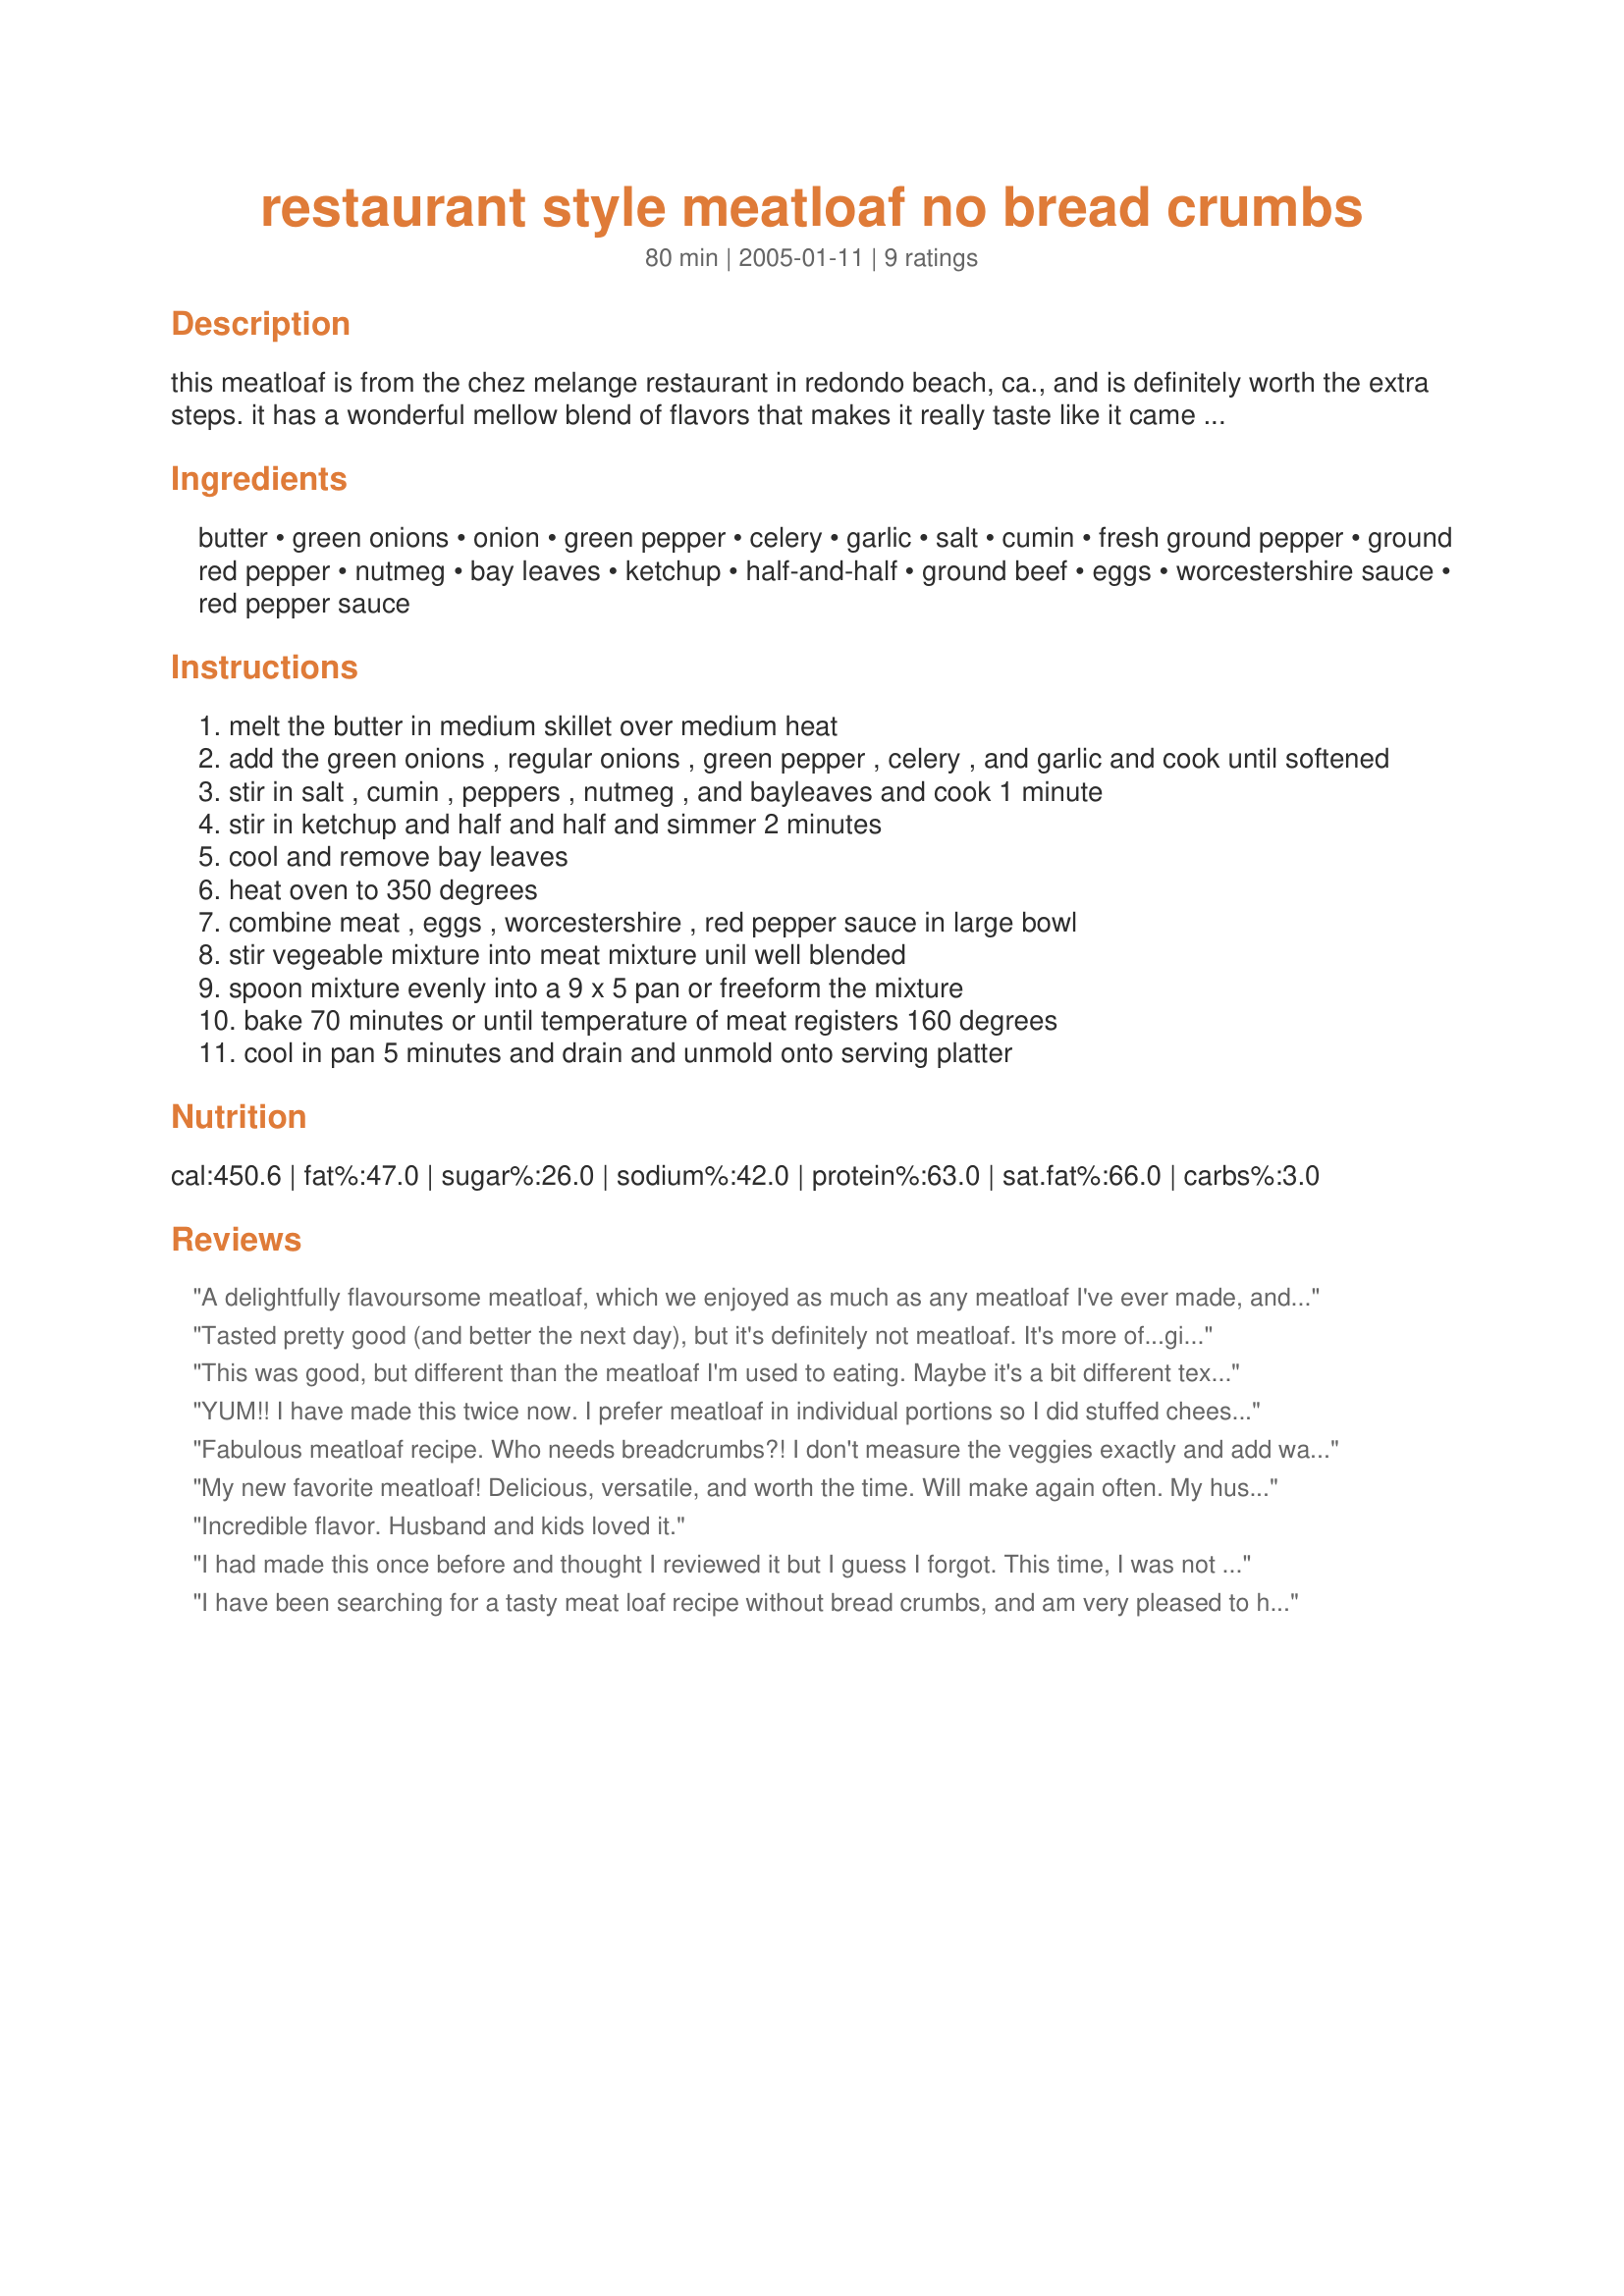
restaurant style meatloaf no bread crumbs
Preparation time: 80 minutes

this meatloaf is from the chez melange restaurant in redondo beach, ca., and is definitely worth the extra steps. it has a wonderful mellow blend of flavors that makes it really taste like it came from a restaurant. it's unusual in that in doesn't use bread crumbs as a filler and this was done for the texture, years before the "low carb craze." i've frozen it both cooked and uncooked, and texture does not suffer.

Ingredients:
butter, green onions, onion, green pepper, celery, garlic, salt, cumin, fresh ground pepper, ground red pepper, nutmeg, bay leaves, ketchup, half-and-half, ground beef, eggs, worcestershire sauce, red pepper sauce

Steps:
melt the butter in medium skillet over medium heat
add the green onions , regular onions , green pepper , celery , and garlic and cook until softened
stir in salt , cumin , peppers , nutmeg , and bayleaves and cook 1 minute
stir in ketchup and half and half and simmer 2 minutes
cool and remove bay leaves
heat oven to 350 degrees
combine meat , eggs , worcestershire , red pepper sauce in large bowl
stir vegeable mixture into meat mixture unil well blended
spoon mixture evenly into a 9 x 5 pan or freeform the mixture
bake 70 minutes or until temperature of meat registers 160 degrees
cool in pan 5 minutes and drain and unmold onto serving platter

Reviews:
A delightfully flavoursome meatloaf, which we enjoyed as much as any meatloaf I've ever made, and I've tried lots of different recipes! As Roxygirl promises, this meatloaf has a wonderful blend of flavours. I'm increasingly finding myself adding cumin to all sorts of recipes (including meatloaves and meatballs) and was happy to see its inclusion here. I used a pork/veal mix. The only changes I made were to use sweet red peppers instead of the green peppers, to omit the red pepper and red pepper sauce (personal taste preference), and to add 4 cloves of minced garlic (I minced the onion as well) and one finely chopped leek. It was on hand and I thought 'why not have 3 different onion flavours?' Next time I make this, I shall be doubling the recipe so there's lots for the freezer. Great recipe, Roxygirl! Thanks for sharing it!

Tasted pretty good (and better the next day), but it's definitely not meatloaf. It's more of...giant hamburger in a loaf pan. Without any kind of grain to hold it together, it crumbles like a giant hamburger. Also, no glaze? What's up with that?
This was good, but different than the meatloaf I'm used to eating. Maybe it's a bit different texture than my normal recipe. I probably will make it again because we did enjoy the flavor!!
YUM!! I have made this twice now. I prefer meatloaf in individual portions so I did stuffed cheese the first time and in peppers the second (photo pending approval). It is definitely my favorite go-to meatloaf recipe now.
Fabulous meatloaf recipe. Who needs breadcrumbs?! I don't measure the veggies exactly and add way more than called for. We can all use more veggies, right?! I also make sure there's lots of garlic and I don't use any ketchup. I use a little more half n half to compensate. I've done free form and have used loaf pans with similar results. The free form lets you cut off some of the extra fat, though, I wouldn't use anything less than 85/15 to ensure good flavor. This meatloaf will be more brittle than meatloaf with breadcrumbs, but it is so worth it. Just cut it carefully and serve with your favorite barbecue sauce. Delicious the day cooked and as leftovers.
My new favorite meatloaf! Delicious, versatile, and worth the time. Will make again often. My husband loved it too!
Incredible flavor. Husband and kids loved it.
I had made this once before and thought I reviewed it but I guess I forgot. This time, I was not pleased with the results (I thought I liked it the first time). It turned out very greasy and mushy. I cooked it in the loaf pan. I could not have cooked it loose, however, because the mixture was runny.
I have been searching for a tasty meat loaf recipe without bread crumbs, and am very pleased to have found this one. I also used only a small amount of ketchup and substituted some sundried tomatoes, and eliminated the half and half, as I am trying to minimize carbs. I baked it free-form as 2 loaves on a foil-wrapped cookie sheet and it came out yummy--my family, who are not carb-counters, liked it a lot, too. It held together quite well, and was moist. I will definitely make this again.
